King Institute of Preventive Medicine Bacteriolog. Section reports 1907-08
Year: 1907
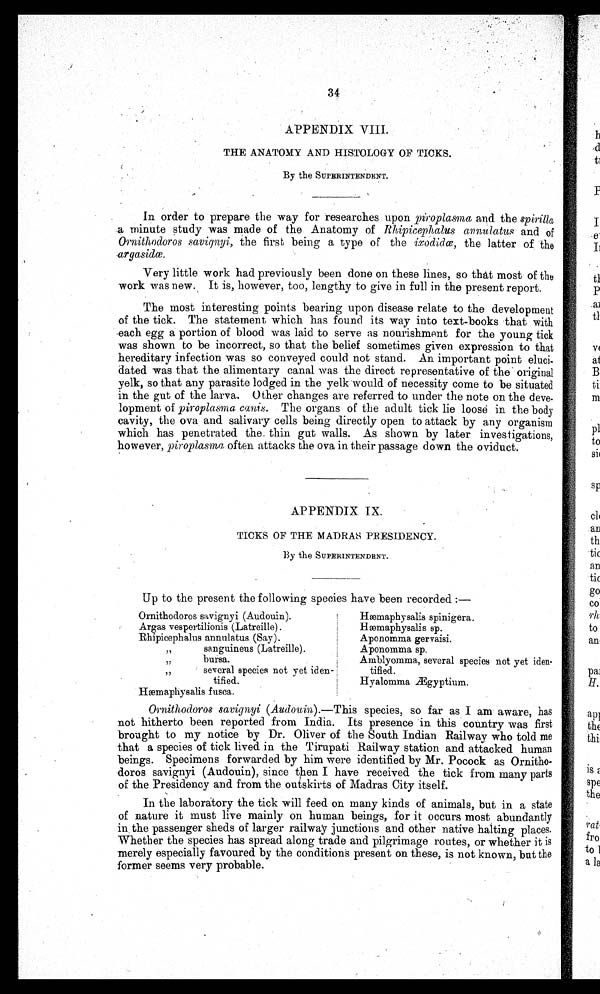
34
APPENDIX VIII.
THE ANATOMY AND HISTOLOGY OF TICKS.
By the SUPERINTENDENT.
In order to prepare the way for researches upon piroplasma and the spirilla
a minute study was made of the Anatomy of Rhipicephalus annulatus and of
Ornithodoros savignyi, the first being a type of the ixodidœ , the latter of the
argasidœ .
Very little work had previously been done on these lines, so that most of the
work was new. It is, however, too, lengthy to give in full in the present report.
The most interesting points bearing upon disease relate to the development
of the tick. The statement which has found its way into text-books that with
each egg a portion of blood was laid to serve as nourishment for the young tick
was shown to be incorrect, so that the belief sometimes given expression to that
hereditary infection was so conveyed could not stand. An important point eluc
i - d a t e d w a s t h a t t h e a l i m e n t a r y c a n a l w a s t h e d i r e c t r e p r e s e n t a t i v e o f t h e o r i g i n a l
yelk, so that any parasite lodged in the yelk would of necessity come to be situated
in the gut of the larva. Other changes are referred to under the note on the deve-
lopment of piroplasma canis. The organs of the adult tick lie loose in the body
cavity, the ova and salivary cells being directly open to attack by any organism
which has penetrated the. thin gut walls. As shown by later investigations,
however, piroplasma often attacks the ova in their passage down the oviduct.
APPENDIX IX.
TICKS OF THE MADRAS PRESIDENCY.
By the SUPERINTENDENT.
Up to the present the following species have been recorded :—
Ornithodoros savignyi (Audouin).
Hæmaphysalis spinigera.
Argas vespertilionis (Latreille).
Hæmaphysalis sp.
Rhipicephalus annulatus (Say).
Aponomma ger vaisi.
Rhipicephalus
sanguineus (Latreille).
Aponomma sp.
Rhipicephalus bursa.
Amblyomma, several species not yet ideatified
Rhipicephalus
several species not vet iden
tified
tified.
Hyalomma Æ gyptium.
H æ maphysalis fusca.
Ornithodoros savignyi (Audouin).—This species, so far as I am aware, has
not hitherto been reported from India. Its presence in this country was first
brought to my notice by Dr. Oliver of the South Indian Railway who told me
that a species of tick lived in the Tirupati Railway station and attacked human
beings. Specimens forwarded by him were identified by Mr. Pocock as Ornitho-
doros savignyi (Audouin), since then I have received the tick from many parts
of the Presidency and from the outskirts of Madras City itself.
In the laboratory the tick will feed on many kinds of animals, but in a state
of nature it must live mainly on human beings, for it occurs most abundantly
in the passenger sheds of larger railway junctions and other native halting places.
Whether the species has spread along trade and pilgrimage routes, or whether it is
merely especially favoured by the conditions present on these, is not known, but the
former seems very probable.